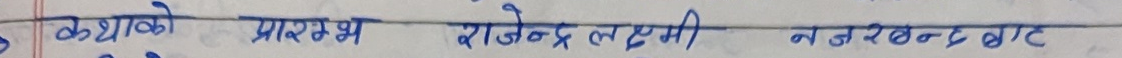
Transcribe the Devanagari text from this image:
कथाको प्रारम्भ राजेन्द्र लक्ष्मी नजरबन्द बाट